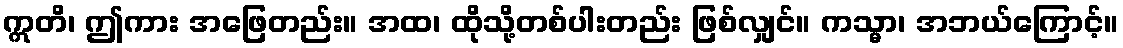
ဣတိ၊ ဤကား အဖြေတည်း။ အထ၊ ထိုသို့တစ်ပါးတည်း ဖြစ်လျှင်။ ကသ္မာ၊ အဘယ်ကြောင့်။